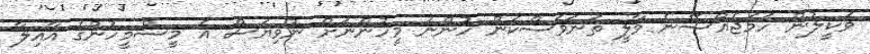
ވަކީލުން ހަމަޖެއްސޭނެ މާލީ ތަނަވަސްކަން ހުންނަ މީހުންނަށް ނުވިޔަސް އެ މީސްމީހުންގެ އާއިލާ